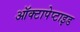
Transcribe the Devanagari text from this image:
ऑक्टापेप्टाइड